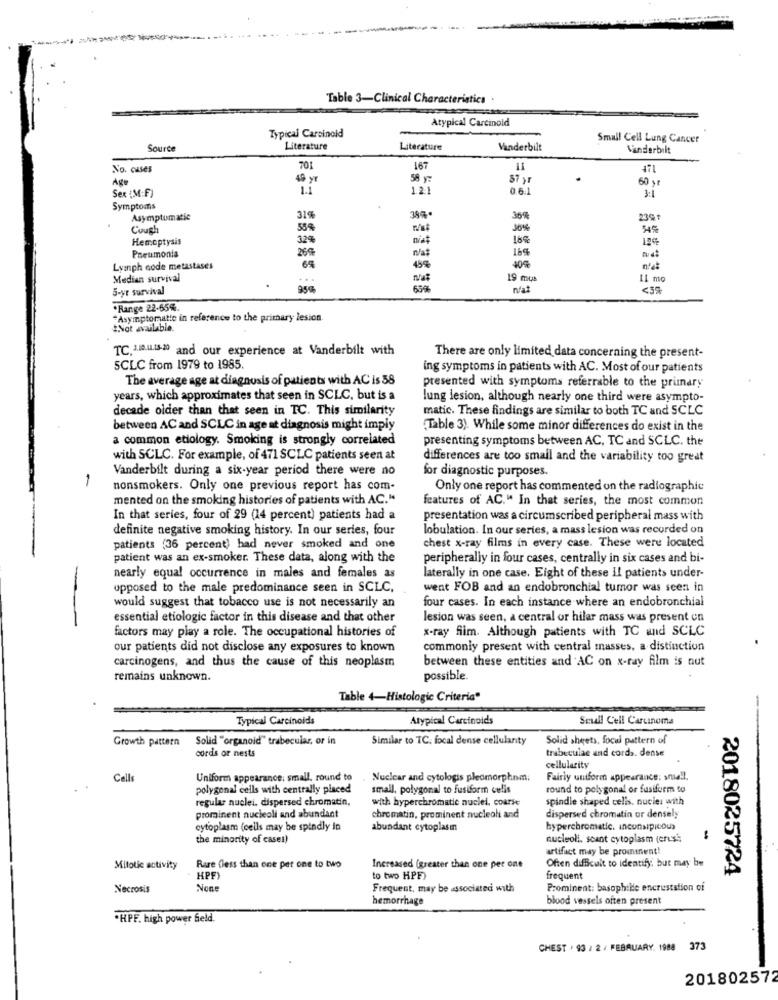
Table 3-Clinical Characteristics .
Atypical Carcinold
Typical Carcinoid
Small Cell Lung Cancer
Source
Literature
Literature
Vanderbilt
Vanderbilt
No. cases
701
16
=
471
Age
49 y
58 yz
87 yr
60 y
Sex (M:F)
1.1
121
0.6.1
3:1
Symptoms
Asymptomatic
31%
364
239
Cough
53%
16%
Hemoptysis
32%
16%
12%
26%
16%
Pneumonia
Lymph node metastases
64
45%
Median survival
...
19 mus
IL mo
5-yr survival
95%
nat
·Range 22-65%.
*Asymptomatte in reference to the primary lesion.
#Not available.
TC. 1.10.1.15-20 and our experience at Vanderbilt with
There are only limited data concerning the present-
SCLC from 1979 to 1985.
ing symptoms in patients with AC. Most of our patients
The average age at diagnosis of patients with AC is 58
presented with symptoms referrable to the primary
years, which approximates that seen in SCLC, but is a
lung lesion, although nearly one third were asympto-
decade older than that seen in TC. This similarity
matic. These findings are similar to both TC and SCLC
between AC and SCLC in age at diagnosis might imply
"Table 3). While some minor differences do exist in the
a common etiology. Smoking is strongly correlated
presenting symptoms between AC, TC and SCLC. the
with SCLC. For example, of 471 SCLC patients seen at
differences are too small and the variability too great
Vanderbilt during a six-year period there were no
for diagnostic purposes.
-
nonsmokers. Only one previous report has com-
Only one report has commented on the radiographic
mented on the smoking histories of patients with AC."
features of AC." In that series, the most common
In that series, four of 29 (14 percent) patients had a
presentation was a circumscribed peripheral mass with
definite negative smoking history. In our series, four
lobulation. In our series, a mass lesion was recorded on
patients (36 percent) had never smoked and one
chest x-ray films in every case. These were located
patient was an ex-smoker. These data, along with the
peripherally in four cases, centrally in six cases and bi-
nearly equal occurrence in males and females as
laterally in one case. Eight of these il patients under-
upposed to the male predominance seen in SCLC,
went FOB and an endobronchial tumor was seen in
-
would suggest that tobacco use is not necessarily an
four cases. In each instance where an endobronchial
essential etiologic factor in this disease and that other
lesion was seen, a central or hilar mass was present on
factors may play a role. The occupational histories of
x-ray film. Although patients with TC and SCLC
our patients did not disclose any exposures to known
commonly present with central masses, a distinction
carcinogens, and thus the cause of this neoplasm
between these entities and AC on x-ray film is nut
remains unknown.
possible.
Table 4-Histologic Criteria"
Typical Carcinoids
Atypical Carcinoids
Scull Cell Carcinoma
Growth pattern
Solid "organoid" trabecular, or in
Similar to TC: focal dense cellularity
Solid sheets, focul pattern of
cords or nests
trabeculae and cords. dense
cellularity
Cells
Uniform appearance: small. round to
Nuclear and cytologis pleomorphom.
Fairly uniform appearance: smell.
polygonal cells with centrally placed
small, polygonal to fusiform cells
round to polygonal or fusiform to
regular nuclei. dispersed chromatin,
with hyperchromatic nuclei, course
spindle shaped cells. nucie: with
Prominent nucleoli and abundant
chromatin, prominent nucleoli and
dispersed chromatin or densely
cytoplasm (cells may be spindly in
abundant cytoplasin
hyperchromatic. inconsipicous
the minority of cases)
nucleoli, scant cytoplasm (erist;
-
artifact may be prominent!
Often difficult to identify; but may be
Mitotic activity
Rare (less than one pet one to two
Increased (greater than one per one
2018025724
HPF)
to two HPF)
frequent
Necrosis
Frequent, may be associated with
Prominent: basophike encrustation of
hemorrhage
blood vessels often present
-HPF. high power field.
CHEST . 93 / 2 / FEBRUARY. 1988 373
201802572